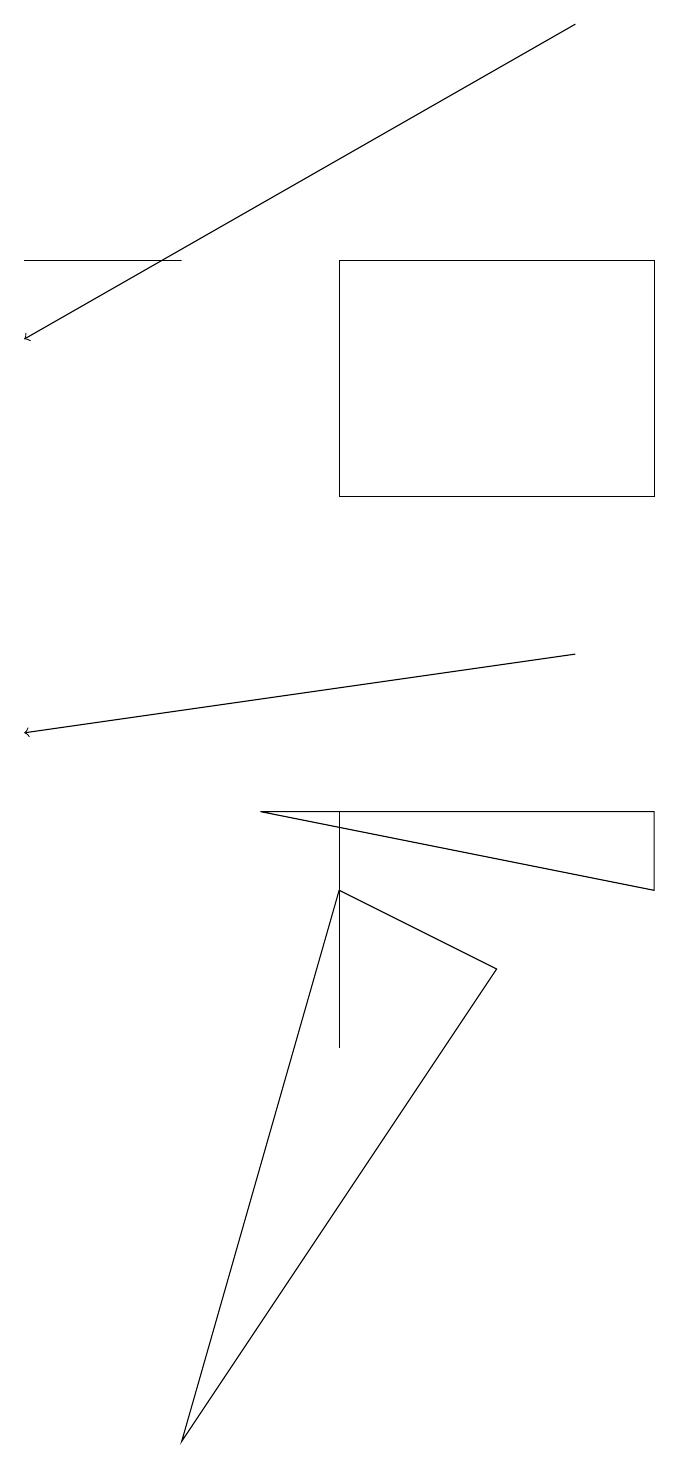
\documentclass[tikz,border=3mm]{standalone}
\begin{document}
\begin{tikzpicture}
\draw (2,16) rectangle (0,16);
\draw[->] (7,19) -- (0,15);
\draw[->] (7,11) -- (0,10);
\draw (2,1) -- (6,7) -- (4,8) -- cycle;
\draw (4,9) -- (4,6) -- (4,6) -- cycle;
\draw (8,13) rectangle (4,16);
\draw (3,9) -- (8,8) -- (8,9) -- cycle;
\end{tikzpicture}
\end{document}